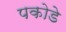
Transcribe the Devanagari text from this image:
पकोडे